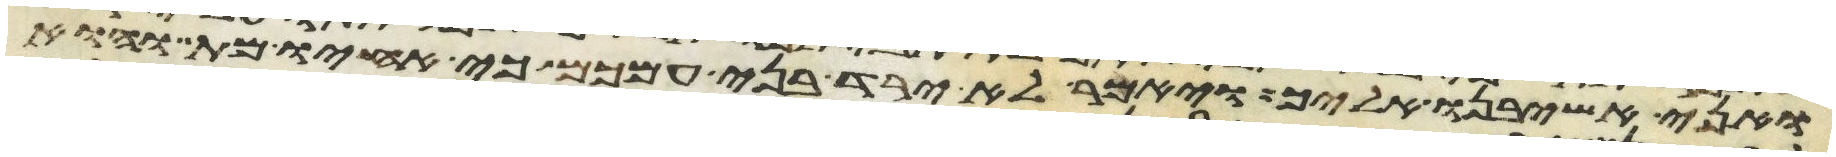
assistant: ואני אשיבנו אליך ויאמר לא ירד בני עמכם כי אחיו מת והוא